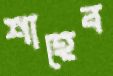
শাহেব